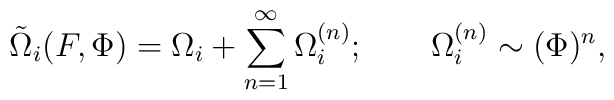
\tilde{\Omega}_i(F, \Phi)         =  \Omega_i + \sum_{n=1}^{\infty} \Omega_i^{(n)};                       ~~~~~~\Omega_i^{(n)} \sim (\Phi)^n,